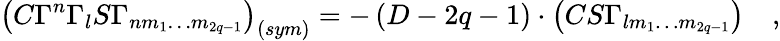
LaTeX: \left(C\Gamma^{n}\Gamma_{l}S\Gamma_{nm_{1}\ldots m_{2q-1}}\right)_{\left(sym\right)}=-\left(D-2q-1\right)\cdot\left(CS\Gamma_{lm_{1}\ldots m_{2q-1}}\right)\quad,